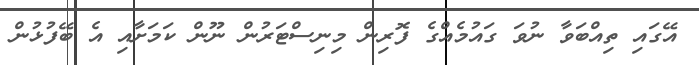
އޭގައި ތިއްބަވާ ނުވަ ގައުމެއްގެ ފޮރިން މިނިސްޓަރުން ނޫން ކަމަށާއި އެ ބޭފުޅުން